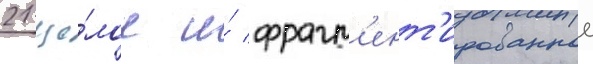
21 це́лое и́ фрагм'ент'ированное